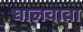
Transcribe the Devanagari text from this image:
घालवावा